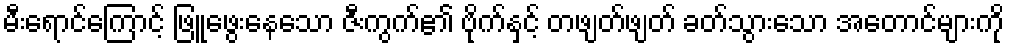
မီးရောင်ကြောင့် ဖြူဖွေးနေသော ဇီးကွက်၏ ဗိုက်နှင့် တဖျတ်ဖျတ် ခတ်သွားသော အတောင်များကို